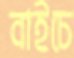
বাইচে